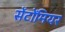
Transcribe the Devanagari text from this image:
सेंटोंमियर